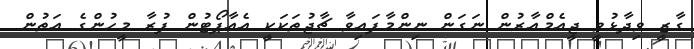
ގާޒީ ވިދާޅުވީ ޖީއެމްއާރުން ނަގަން ނިންމާފައިވާ ޗާޖުތަކަކީ އެއާޕޯޓުން ފުރާ މީހުންގެ އަތުން